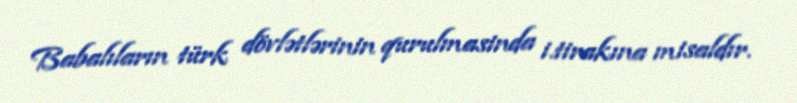
Babalıların türk dövlətlərinin qurulmasinda i.tirakına misaldır.